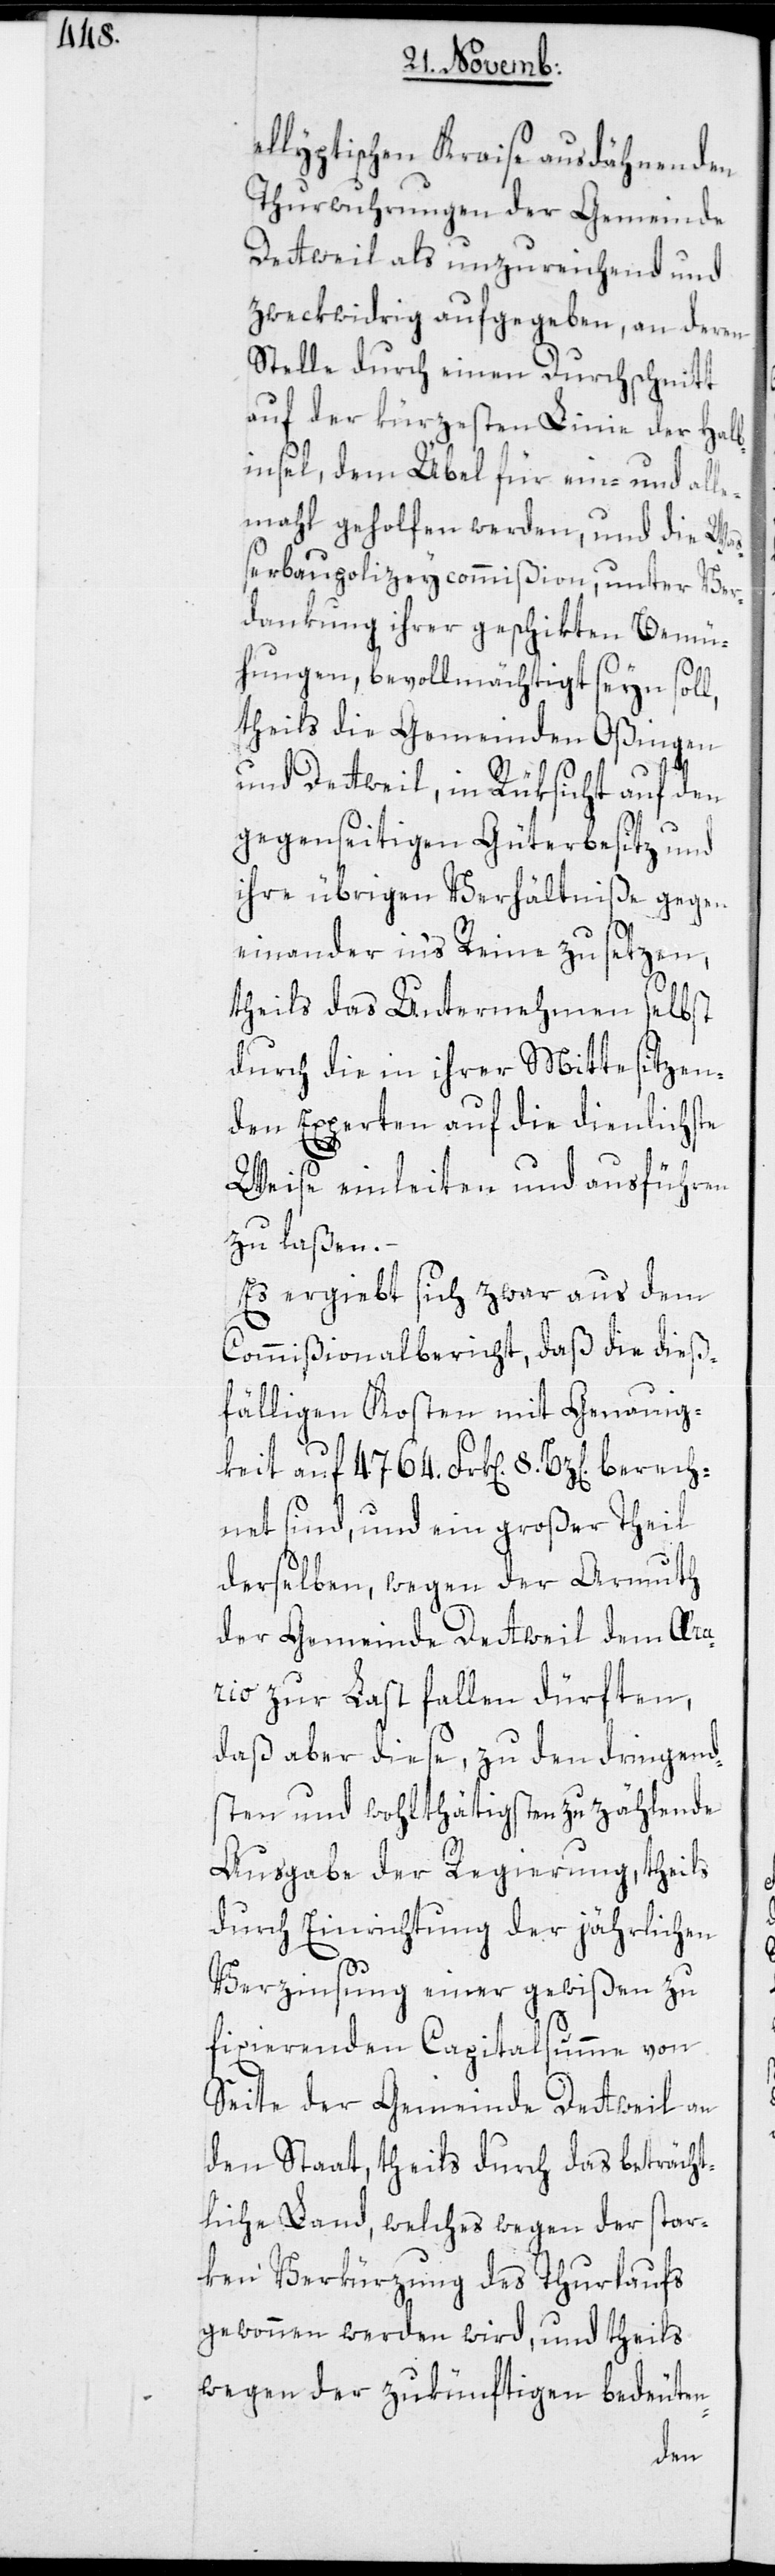
ellyptischen Kraise ausdähnenden
Thurwuhrungen der Gemeinde
Dettweil als unzureichend und
zweckwidrig aufgegeben, an deren
Stelle durch einen Durchschnitt
auf der kürzesten Linie der Halb¬
insel, dem Übel für ein- und alle¬
mahl geholfen werden, und die Wa¬
ßerbaupolizeycommißion, unter Ver¬
dankung ihrer geschikten Bemü¬
hungen, bevollmächtigt seyn soll,
theils die Gemeinden Oßingen
und Dettweil, in Rüksicht auf den
gegenseitigen Güterbesitz und
ihre übrigen Verhältniße gegen
einander inʼs Reine zu setzen,
theils das Unternehmen selbst
durch die in ihrer Mitte sitzen¬
den Experten auf die dienlichste
Weise einleiten und ausführen
zu laßen.
Es ergiebt sich zwar aus dem
Commißionalbericht, daß die dieß¬
fälligen Kosten mit Genauig¬
keit auf 4764. Frk[en]. 8. Bz[en].
chnet sind, und ein großer Theil
derselben, wegen der Armuth
der Gemeinde Dettweil dem Æra¬
rio zur Last fallen dürften,
daß aber diese, zu den dringend¬
sten und wohlthätigsten zu zählende
Ausgabe der Regierung, theils
durch Einrichtung der jährlichen
Verzinsung einer gewißen zu
fixierenden Capitalsumme von
Seite der Gemeinde Dettweil an
den Staat, theils durch das beträcht¬
liche Land, welches wegen der star¬
ken Verkürzung des Thurlaufs
gewonnen werden wird, und theils
wegen der zukünftigen bedeuten-
bere¬